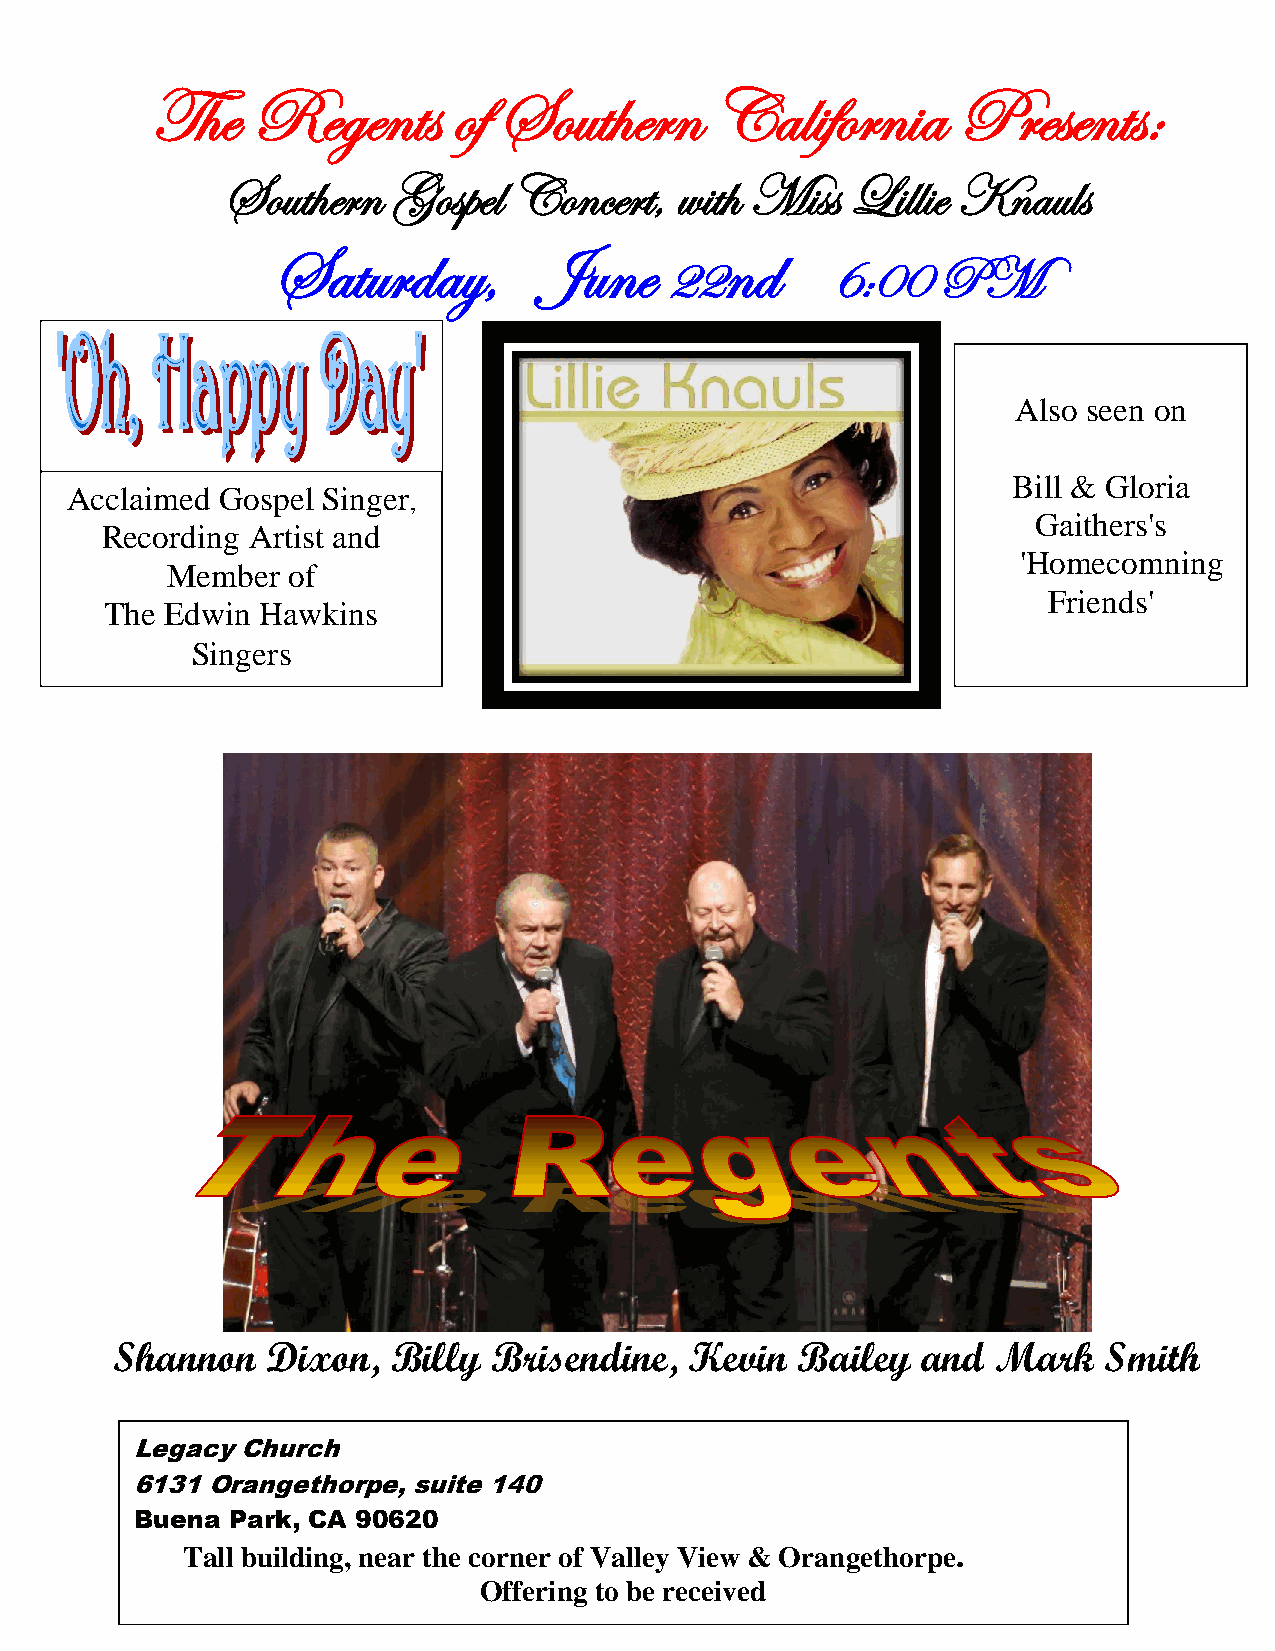
The    Regents      of Southern      California      Presents:
 Southern   Gospel  Concert,   with Miss  Lillie Knauls
 Saturday,         June        nd
 22         6:00   PM
 Also seen on
 Bill & Gloria
 Acclaimed  Gospel Singer
 ,
 Gaithers's
 Recording Artist and
 'Homecomning
 Member  of
 Friends'
 The Edwin Hawkins
 Singers
 Shannon    Dixon,  Billy  Brisendine,  Kevin  Bailey  and  Mark   Smith
 Legacy Church
 6131 Orangethorpe, suite 140
 Buena Park, CA 90620
 Tall building, near the corner of Valley View & Orangethorpe.
 Offering to be received